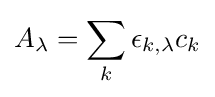
A_{\lambda }=\sum _{k}\epsilon _{k,\lambda }c_{k}